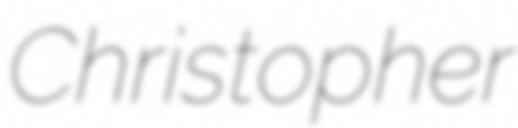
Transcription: Christopher